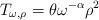
LaTeX: \begin{align*}T_{\omega, \rho} = \theta \omega^{-\alpha} \rho^2\end{align*}